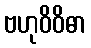
ဗဟုဝိဝိဓာ